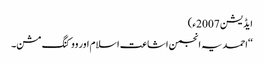
ایڈیشن 2007ء)
‘‘احمدیہ انجمن اشاعت اسلام اور ووکنگ مشن۔